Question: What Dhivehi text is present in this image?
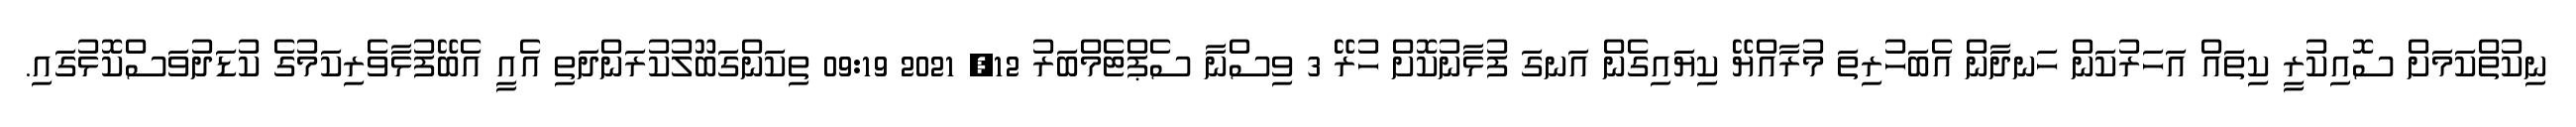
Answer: ނިކުތްކަމަށް ސޮއިކުރީ ކިތައް އަހަރުކަން ހަނދާން އެބަހުރިތަ މުރާއްޔޭ ކިޔައިގެން އަނގަ ފުޅާނުކޮށް ހުރޭ 3 ވިސްނާ ސެޕްޓެމްބަރު 12, 2021 09:19 ތިކަންގަބޫލުކުރަންދަތި އެއީ އެބޭފުޅާވެރިކަމުގެ ކުޑަދުވަސްކޮޅުގައި.